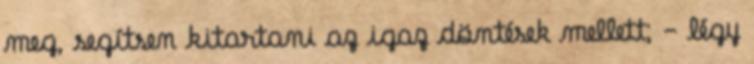
meg, segítsen kitartani az igaz döntések mellett; - légy